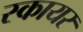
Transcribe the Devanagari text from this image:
स्कायर